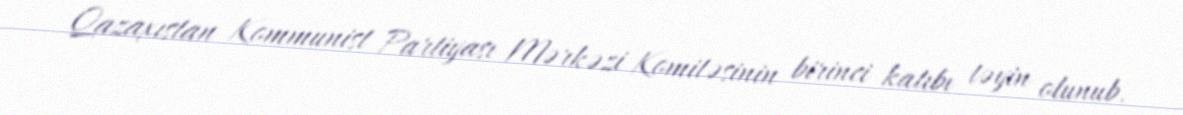
Qazaxıstan Kommunist Partiyası Mərkəzi Komitəsinin birinci katıbı təyin olunub.